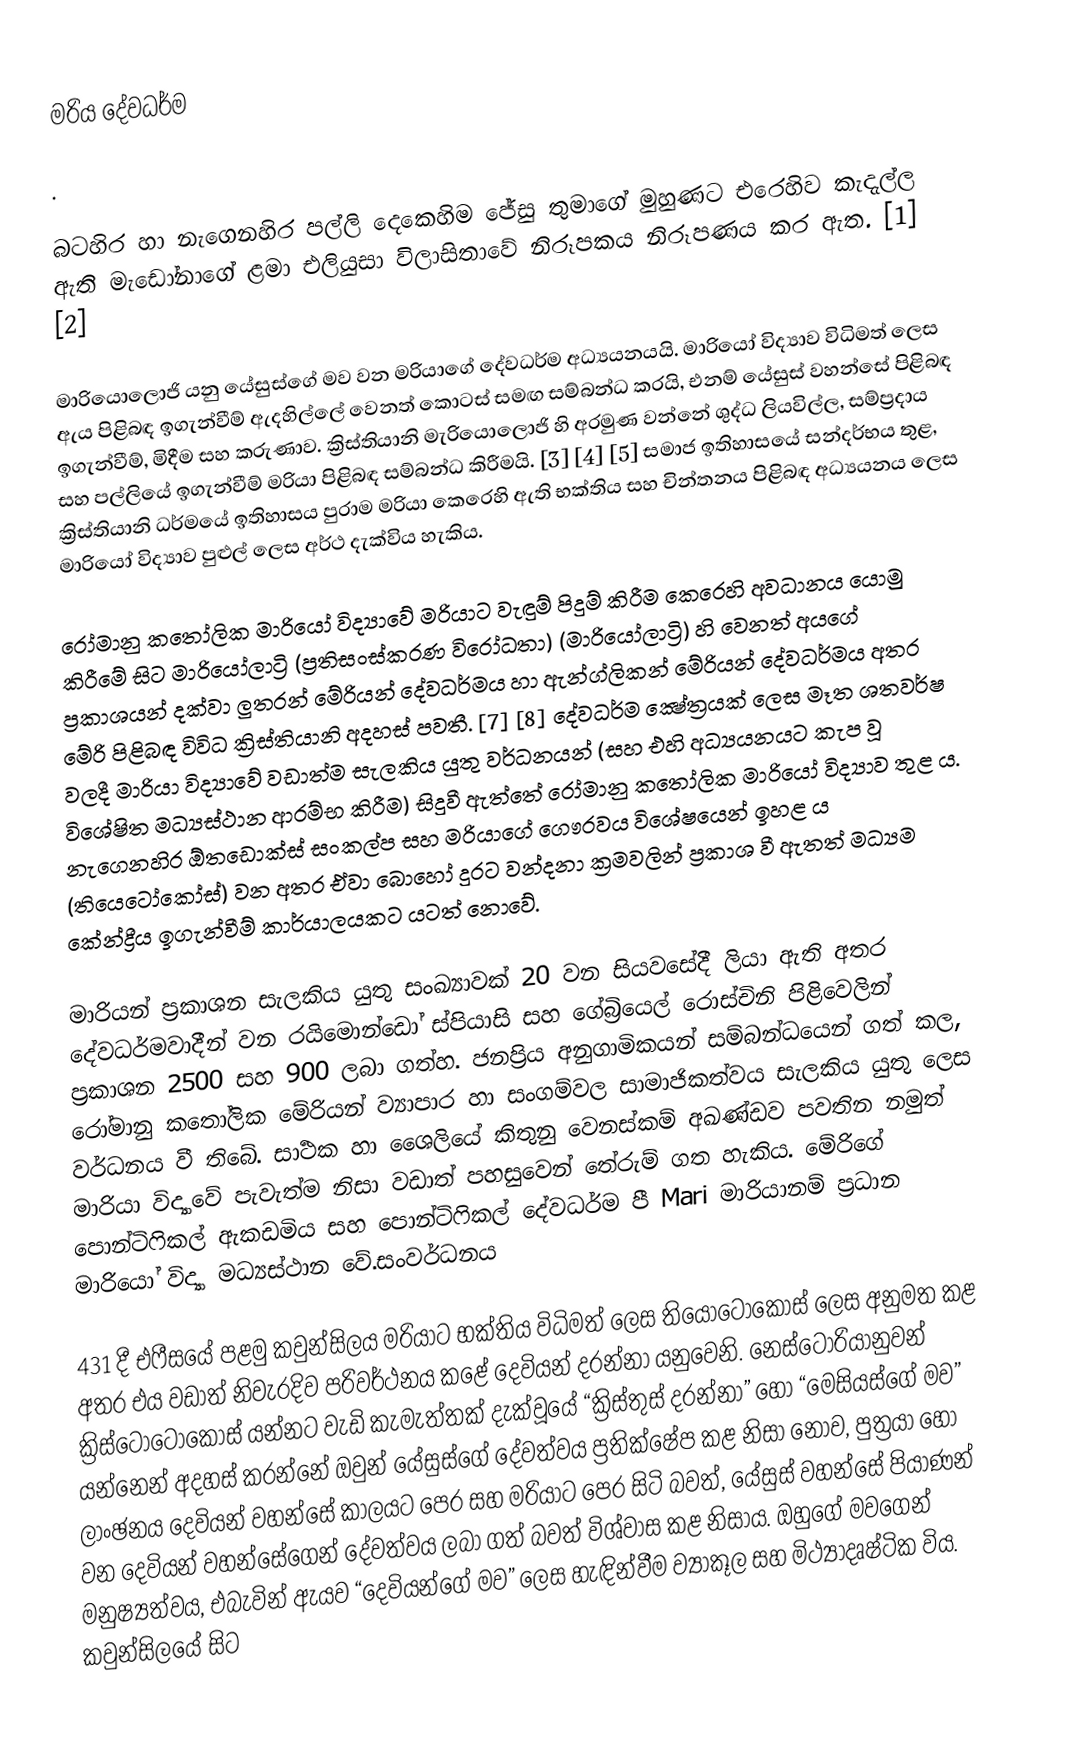
මරිය දේවධර්ම

.

බටහිර හා නැගෙනහිර පල්ලි දෙකෙහිම ජේසු තුමාගේ මුහුණට එරෙහිව කැදැල්ල ඇති මැඩෝනාගේ ළමා එලියුසා විලාසිතාවේ නිරූපකය නිරූපණය කර ඇත. [1] [2]

මාරියොලොජි යනු යේසුස්ගේ මව වන මරියාගේ දේවධර්ම අධ්‍යයනයයි. මාරියෝ විද්‍යාව විධිමත් ලෙස ඇය පිළිබඳ ඉගැන්වීම් ඇදහිල්ලේ වෙනත් කොටස් සමඟ සම්බන්ධ කරයි, එනම් යේසුස් වහන්සේ පිළිබඳ ඉගැන්වීම්, මිදීම සහ කරුණාව. ක්‍රිස්තියානි මැරියොලොජි හි අරමුණ වන්නේ ශුද්ධ ලියවිල්ල, සම්ප්‍රදාය සහ පල්ලියේ ඉගැන්වීම් මරියා පිළිබඳ සම්බන්ධ කිරීමයි. [3] [4] [5] සමාජ ඉතිහාසයේ සන්දර්භය තුළ, ක්‍රිස්තියානි ධර්මයේ ඉතිහාසය පුරාම මරියා කෙරෙහි ඇති භක්තිය සහ චින්තනය පිළිබඳ අධ්‍යයනය ලෙස මාරියෝ විද්‍යාව පුළුල් ලෙස අර්ථ දැක්විය හැකිය.

රෝමානු කතෝලික මාරියෝ විද්‍යාවේ මරියාට වැඳුම් පිදුම් කිරීම කෙරෙහි අවධානය යොමු කිරීමේ සිට මාරියෝලාට්‍රි (ප්‍රතිසංස්කරණ විරෝධතා) (මාරියෝලාට්‍රි) හි වෙනත් අයගේ ප්‍රකාශයන් දක්වා ලුතරන් මේරියන් දේවධර්මය හා ඇන්ග්ලිකන් මේරියන් දේවධර්මය අතර මේරි පිළිබඳ විවිධ ක්‍රිස්තියානි අදහස් පවතී. [7] [8] දේවධර්ම ක්‍ෂේත්‍රයක් ලෙස මෑත ශතවර්ෂ වලදී මාරියා විද්‍යාවේ වඩාත්ම සැලකිය යුතු වර්ධනයන් (සහ එහි අධ්‍යයනයට කැප වූ විශේෂිත මධ්‍යස්ථාන ආරම්භ කිරීම) සිදුවී ඇත්තේ රෝමානු කතෝලික මාරියෝ විද්‍යාව තුළ ය. නැගෙනහිර ඕතඩොක්ස් සංකල්ප සහ මරියාගේ ගෞරවය විශේෂයෙන් ඉහළ ය (තියෙටෝකෝස්) වන අතර ඒවා බොහෝ දුරට වන්දනා ක්‍රමවලින් ප්‍රකාශ වී ඇතත් මධ්‍යම කේන්ද්‍රීය ඉගැන්වීම් කාර්යාලයකට යටත් නොවේ.

මාරියන් ප්‍රකාශන සැලකිය යුතු සංඛ්‍යාවක් 20 වන සියවසේදී ලියා ඇති අතර දේවධර්මවාදීන් වන රයිමොන්ඩෝ ස්පියාසි සහ ගේබ්‍රියෙල් රොස්චිනි පිළිවෙලින් ප්‍රකාශන 2500 සහ 900 ලබා ගත්හ. ජනප්‍රිය අනුගාමිකයන් සම්බන්ධයෙන් ගත් කල, රෝමානු කතෝලික මේරියන් ව්‍යාපාර හා සංගම්වල සාමාජිකත්වය සැලකිය යුතු ලෙස වර්ධනය වී තිබේ. සාර්‍ථක හා ශෛලියේ කිතුනු වෙනස්කම් අඛණ්ඩව පවතින නමුත් මාරියා විද්‍යාවේ පැවැත්ම නිසා වඩාත් පහසුවෙන් තේරුම් ගත හැකිය. මේරිගේ පොන්ටිෆිකල් ඇකඩමිය සහ පොන්ටිෆිකල් දේවධර්ම පී Mari මාරියානම් ප්‍රධාන මාරියෝ විද්‍යා මධ්‍යස්ථාන වේ.සංවර්ධනය

431 දී එෆීසයේ පළමු කවුන්සිලය මරියාට භක්තිය විධිමත් ලෙස තියෝටොකොස් ලෙස අනුමත කළ අතර එය වඩාත් නිවැරදිව පරිවර්ථනය කළේ දෙවියන් දරන්නා යනුවෙනි. නෙස්ටෝරියානුවන් ක්‍රිස්ටෝටොකොස් යන්නට වැඩි කැමැත්තක් දැක්වූයේ “ක්‍රිස්තුස් දරන්නා” හෝ “මෙසියස්ගේ මව” යන්නෙන් අදහස් කරන්නේ ඔවුන් යේසුස්ගේ දේවත්වය ප්‍රතික්ෂේප කළ නිසා නොව, පුත්‍රයා හෝ ලාංඡනය දෙවියන් වහන්සේ කාලයට පෙර සහ මරියාට පෙර සිටි බවත්, යේසුස් වහන්සේ පියාණන් වන දෙවියන් වහන්සේගෙන් දේවත්වය ලබා ගත් බවත් විශ්වාස කළ නිසාය. ඔහුගේ මවගෙන් මනුෂ්‍යත්වය, එබැවින් ඇයව “දෙවියන්ගේ මව” ලෙස හැඳින්වීම ව්‍යාකූල සහ මිථ්‍යාදෘෂ්ටික විය. කවුන්සිලයේ සිට